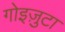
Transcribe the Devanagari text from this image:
गोइज़ुटा